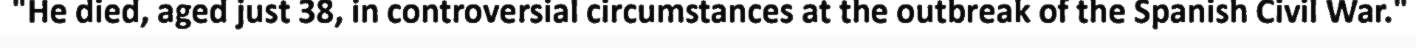
"He died, aged just 38, in controversial circumstances at the outbreak of the Spanish Civil War."